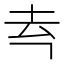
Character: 𪢳